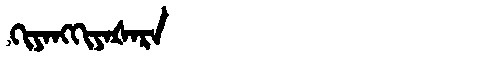
Manchu: ᡴᡳᠶᠠᠩᡴᡳᠶᠠᡧᠠᡵᠠ
Romanization: KIYANGKIYAŠARA